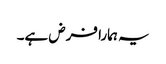
یہ ہمارا فرض ہے۔